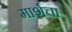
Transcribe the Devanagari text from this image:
मार्शचा